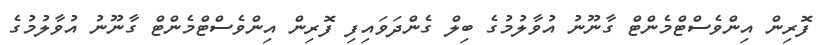
ފޮރިން އިންވެސްޓްމެންޓް ގާނޫނު އުވާލުމުގެ ބިލް ގެންދަވައިފި ފޮރިން އިންވެސްޓްމެންޓް ގާނޫނު އުވާލުމުގެ